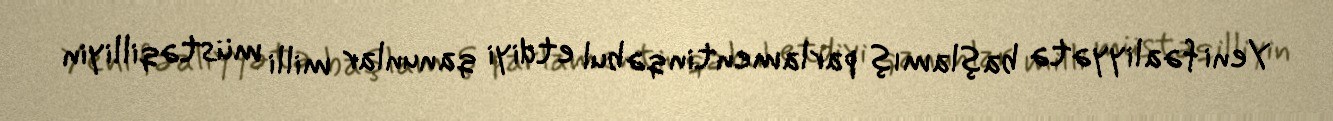
Yeni fəaliyyətə başlamış parlamentin qəbul etdiyi qanunlar milli müstəqilliyin